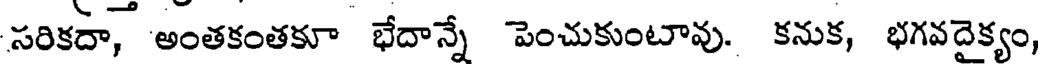
సరికదా, అంతకంతకూ భేదాన్నే పెంచుకుంటావు. కనుక, భగవదైక్యం